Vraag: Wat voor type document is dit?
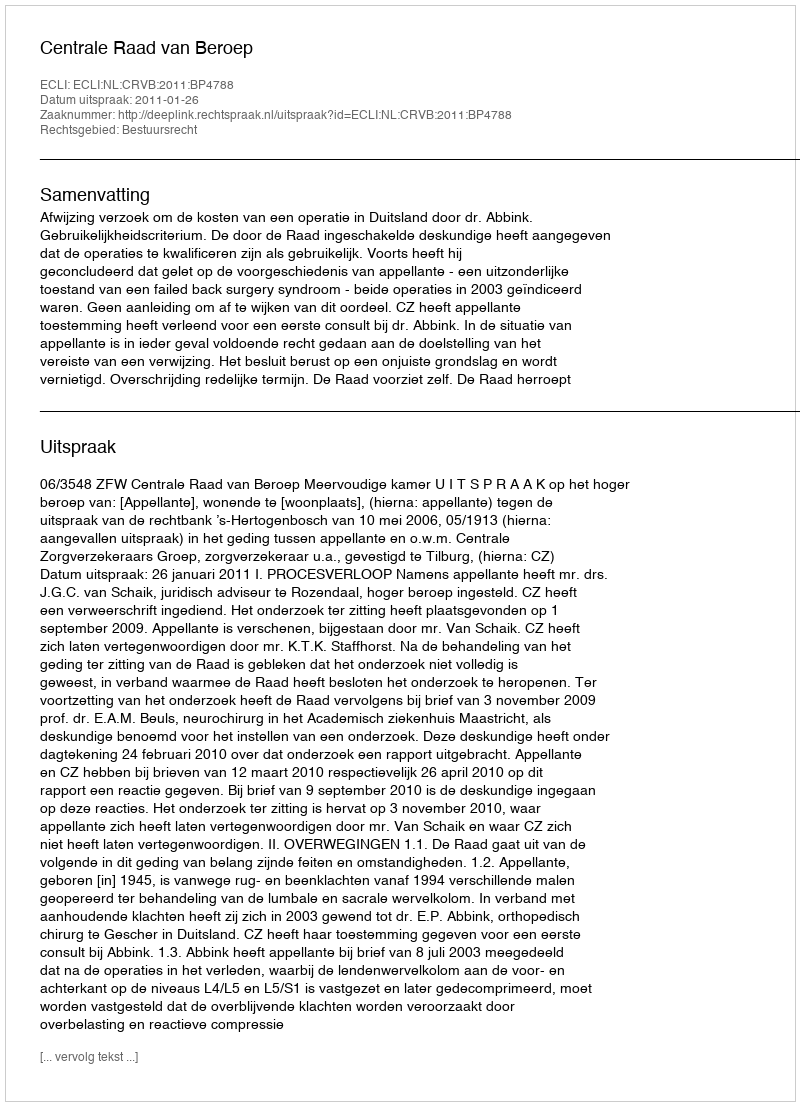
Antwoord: Uitspraak